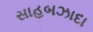
સાહબઝાદા